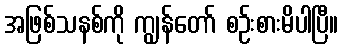
အဖြစ်သနစ်ကို ကျွန်တော် စဉ်းစားမိပါပြီ။